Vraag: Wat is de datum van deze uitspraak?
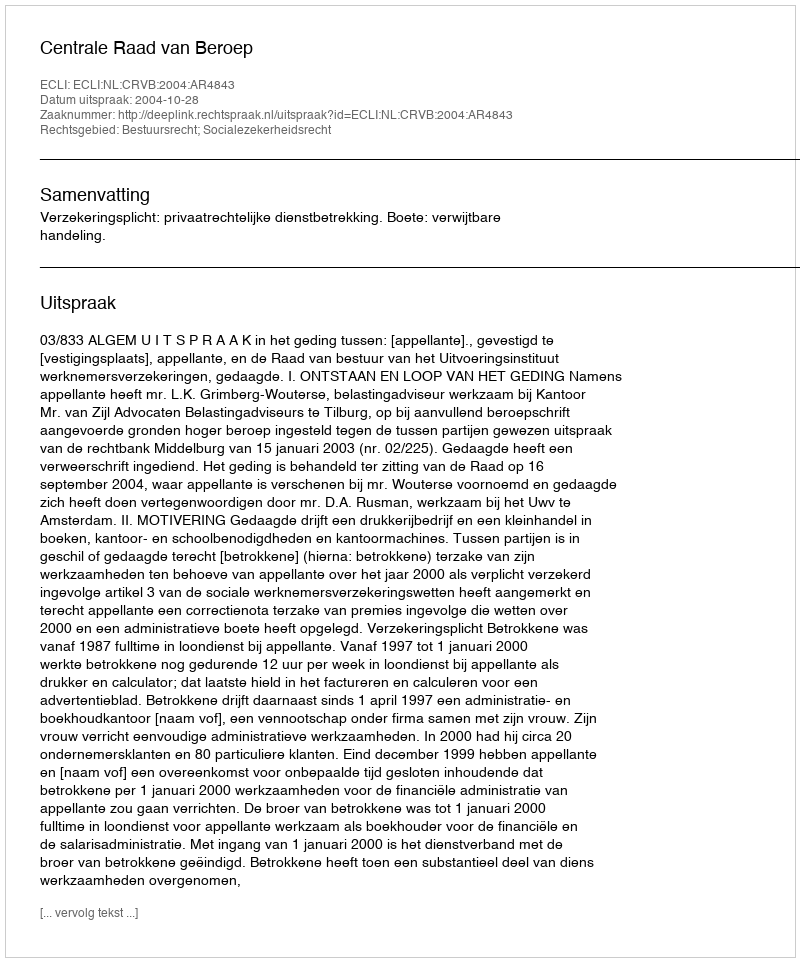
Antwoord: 2004-10-28